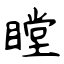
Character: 瞠